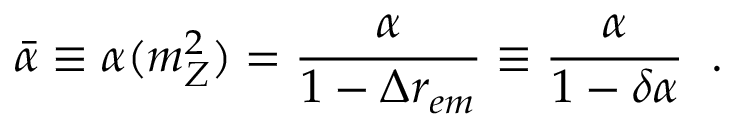
\bar { \alpha } \equiv \alpha ( m _ { Z } ^ { 2 } ) = \frac { \alpha } { 1 - \Delta r _ { e m } } \equiv \frac { \alpha } { 1 - \delta \alpha } \; \; .